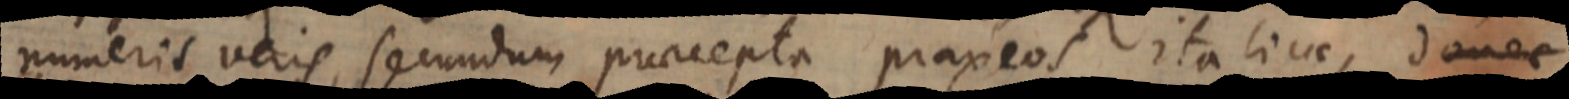
numeris veris, secundum praecepta praxeos italicae,